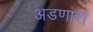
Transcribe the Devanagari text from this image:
अडणारा